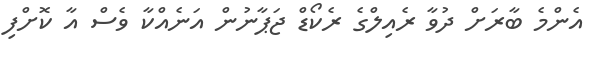
އެންމެ ބާރަށް ދުވާ ރެއިލްގެ ރެކޯޑް ޖަޕާނުން އަނެއްކާ ވެސް އާ ކޮށްފި